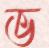
ভ